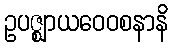
ဥပဇ္ဈာယဝေဝစနာနိ